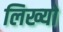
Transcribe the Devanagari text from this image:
लिख्‍यो